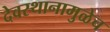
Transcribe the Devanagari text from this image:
देवस्थानामुळेच